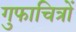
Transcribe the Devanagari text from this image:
गुफाचित्रों